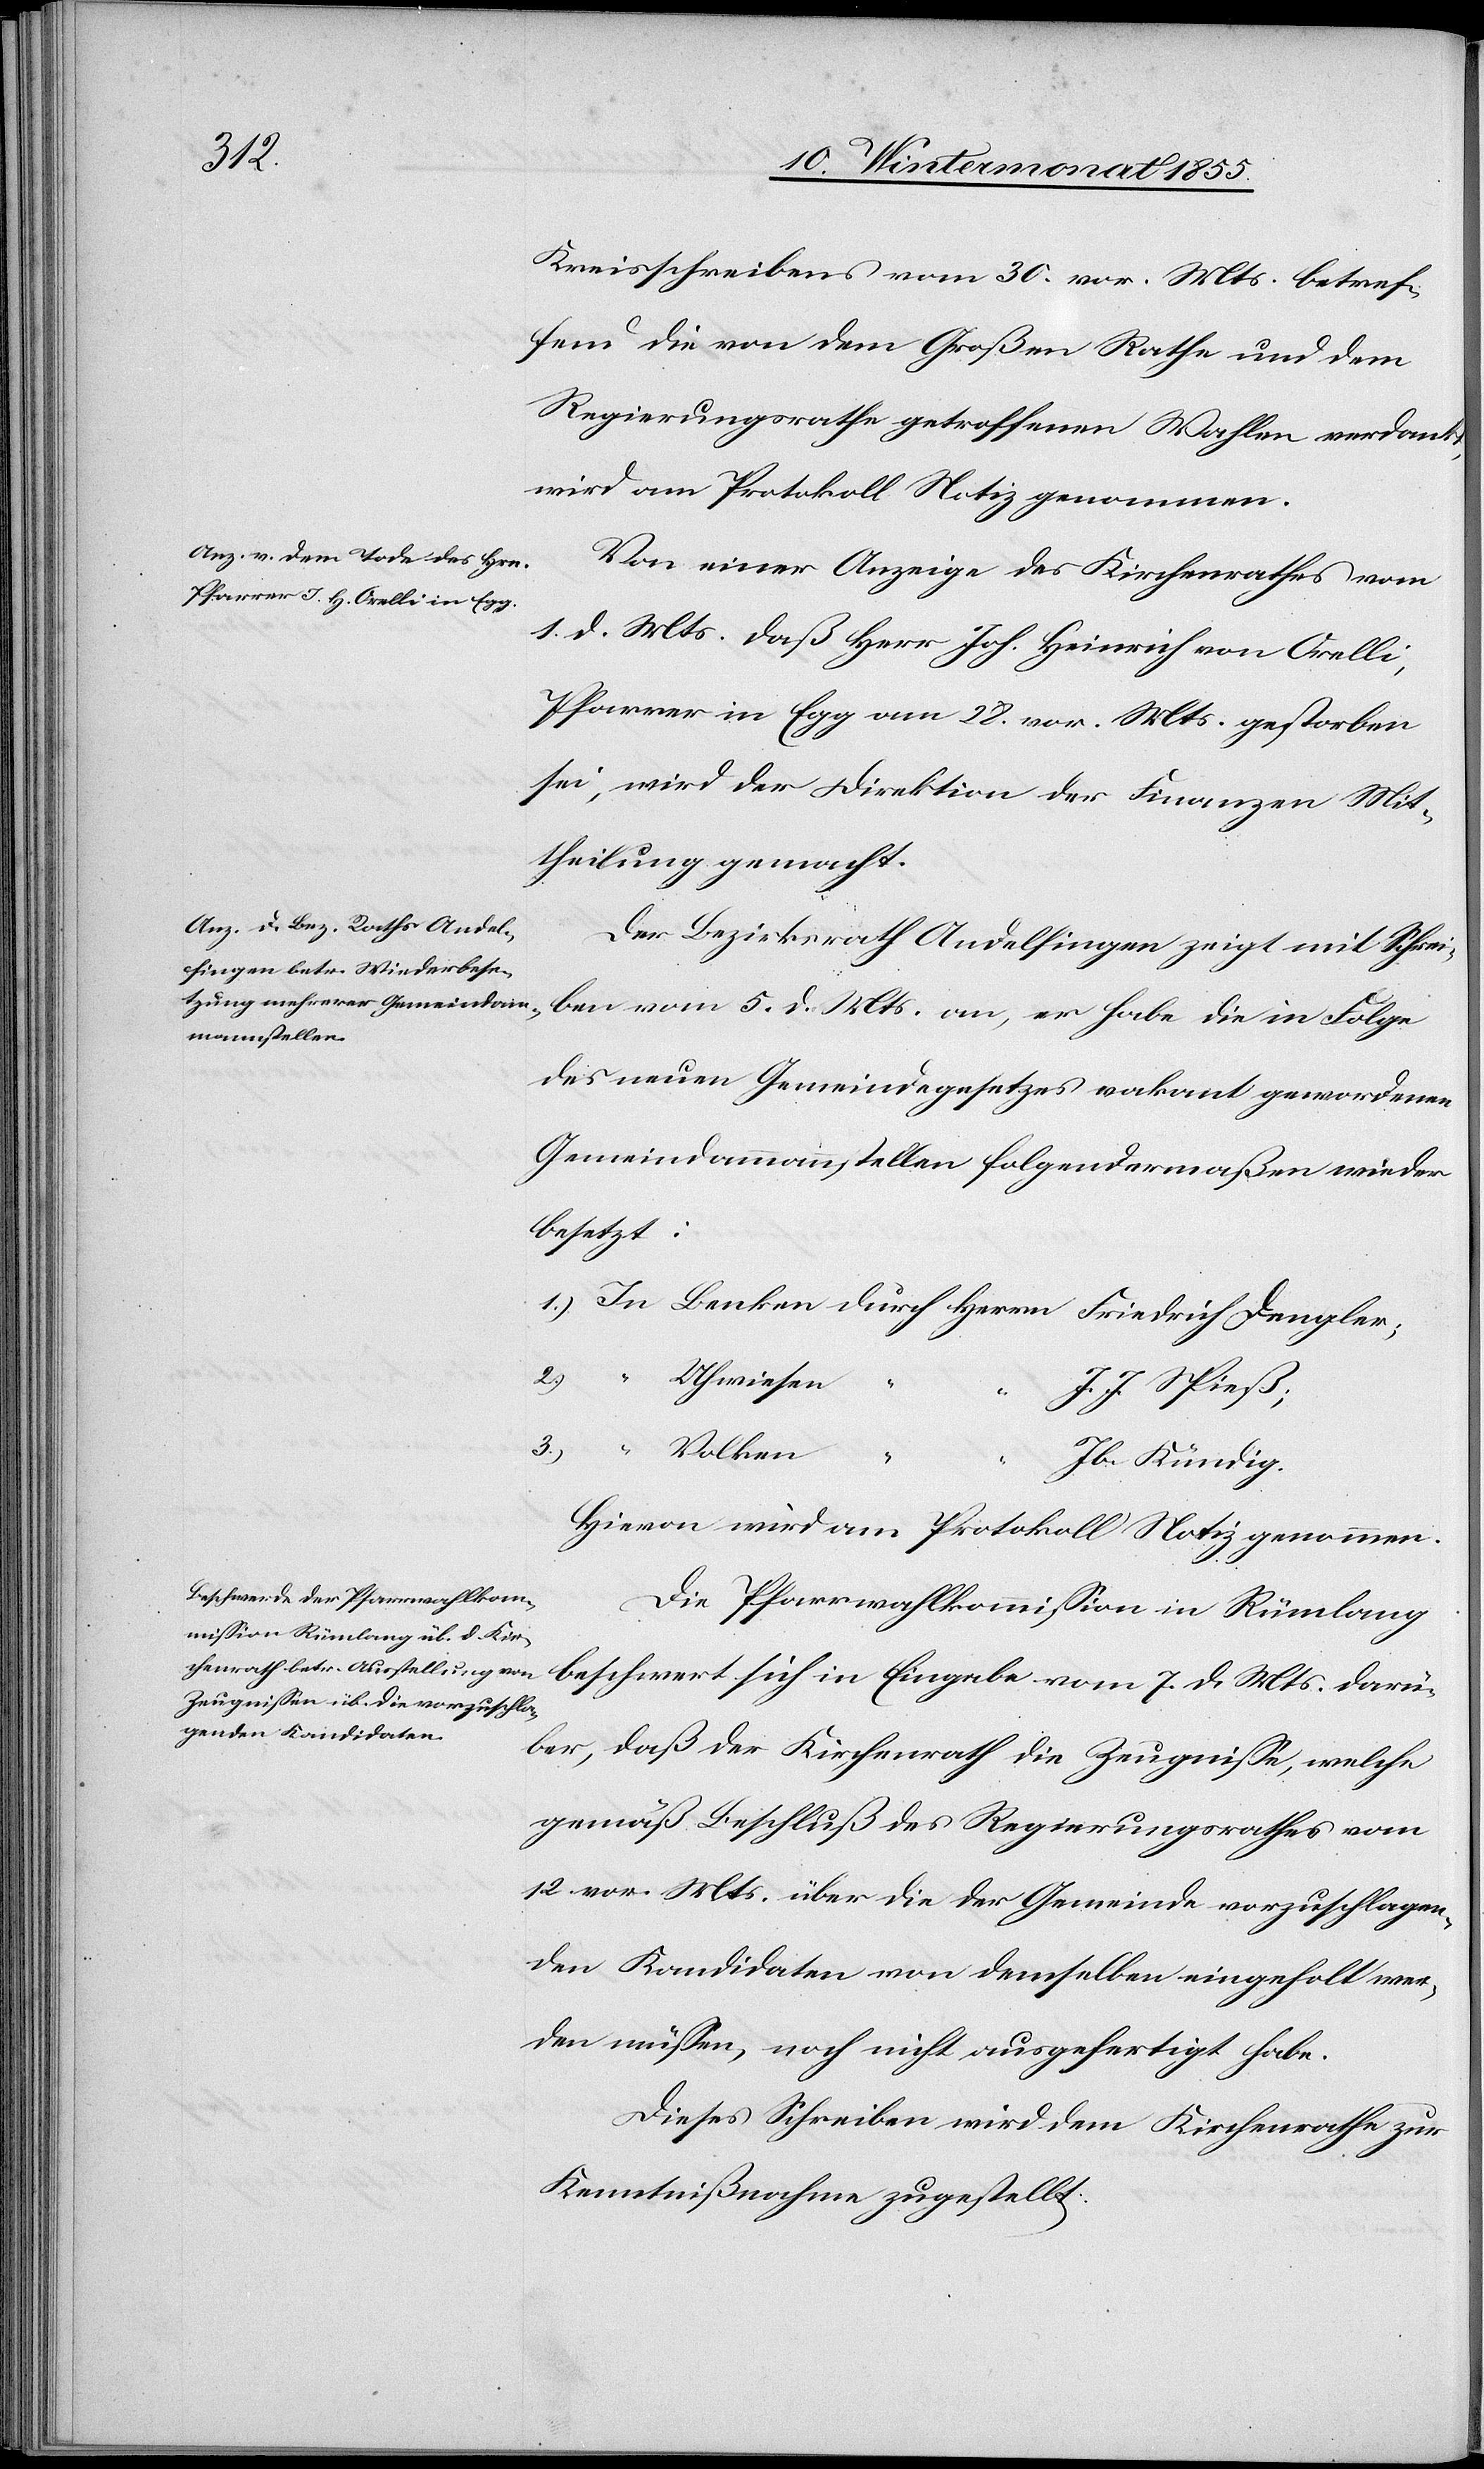
Kreisschreibens vom 30. vor. Mts. betref¬
fend die von dem Großen Rathe und dem
Regierungsrathe getroffenen Wahlen verdankt,
wird am Protokoll Notiz genommen.
Von einer Anzeige des Kirchenrathes vom
1. d. Mts. daß Herr Joh. Heinrich von Orelli,
Pfarrer in Egg am 28. vor. Mts. gestorben
sei, wird der Direktion der Finanzen Mit¬
theilung gemacht.
Der Bezirksrath Andelfingen zeigt mit Schrei¬
ben vom 5. d. Mts. an, er habe die in Folge
des neuen Gemeindegesetzes vakant gewordenen
Gemeindammannstellen folgendermaßen wieder
besetzt:
Dengler;
2.)
Uhwiesen
3.)
J. J. Spieß;
Volken
Jb. Kündig.
Hievon wird am Protokoll Notiz genommen.
Die Pfarrwahlkommission in Rümlang
beschwert sich in Eingabe vom 7. d. Mts. darü¬
ber, daß der Kirchenrath die Zeugnisse, welche
gemäß Beschluß des Regierungsrathes vom
12. vor. Mts. über die der Gemeinde vorzuschlagen¬
den Kandidaten von demselben eingeholt wer¬
den müssen, noch nicht ausgefertigt habe.
Dieses Schreiben wird dem Kirchenrathe zur
Kenntnißnahme zugestellt.